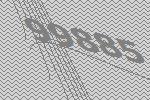
99885